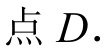
点\(D\).